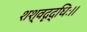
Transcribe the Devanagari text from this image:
शश्वदृद्धिः।।